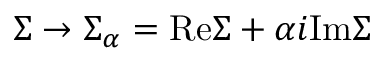
\Sigma \rightarrow \Sigma _ { \alpha } = \mathrm { R e } \Sigma + \alpha i \mathrm { I m } \Sigma